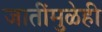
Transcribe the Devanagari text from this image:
जातींमुळेही